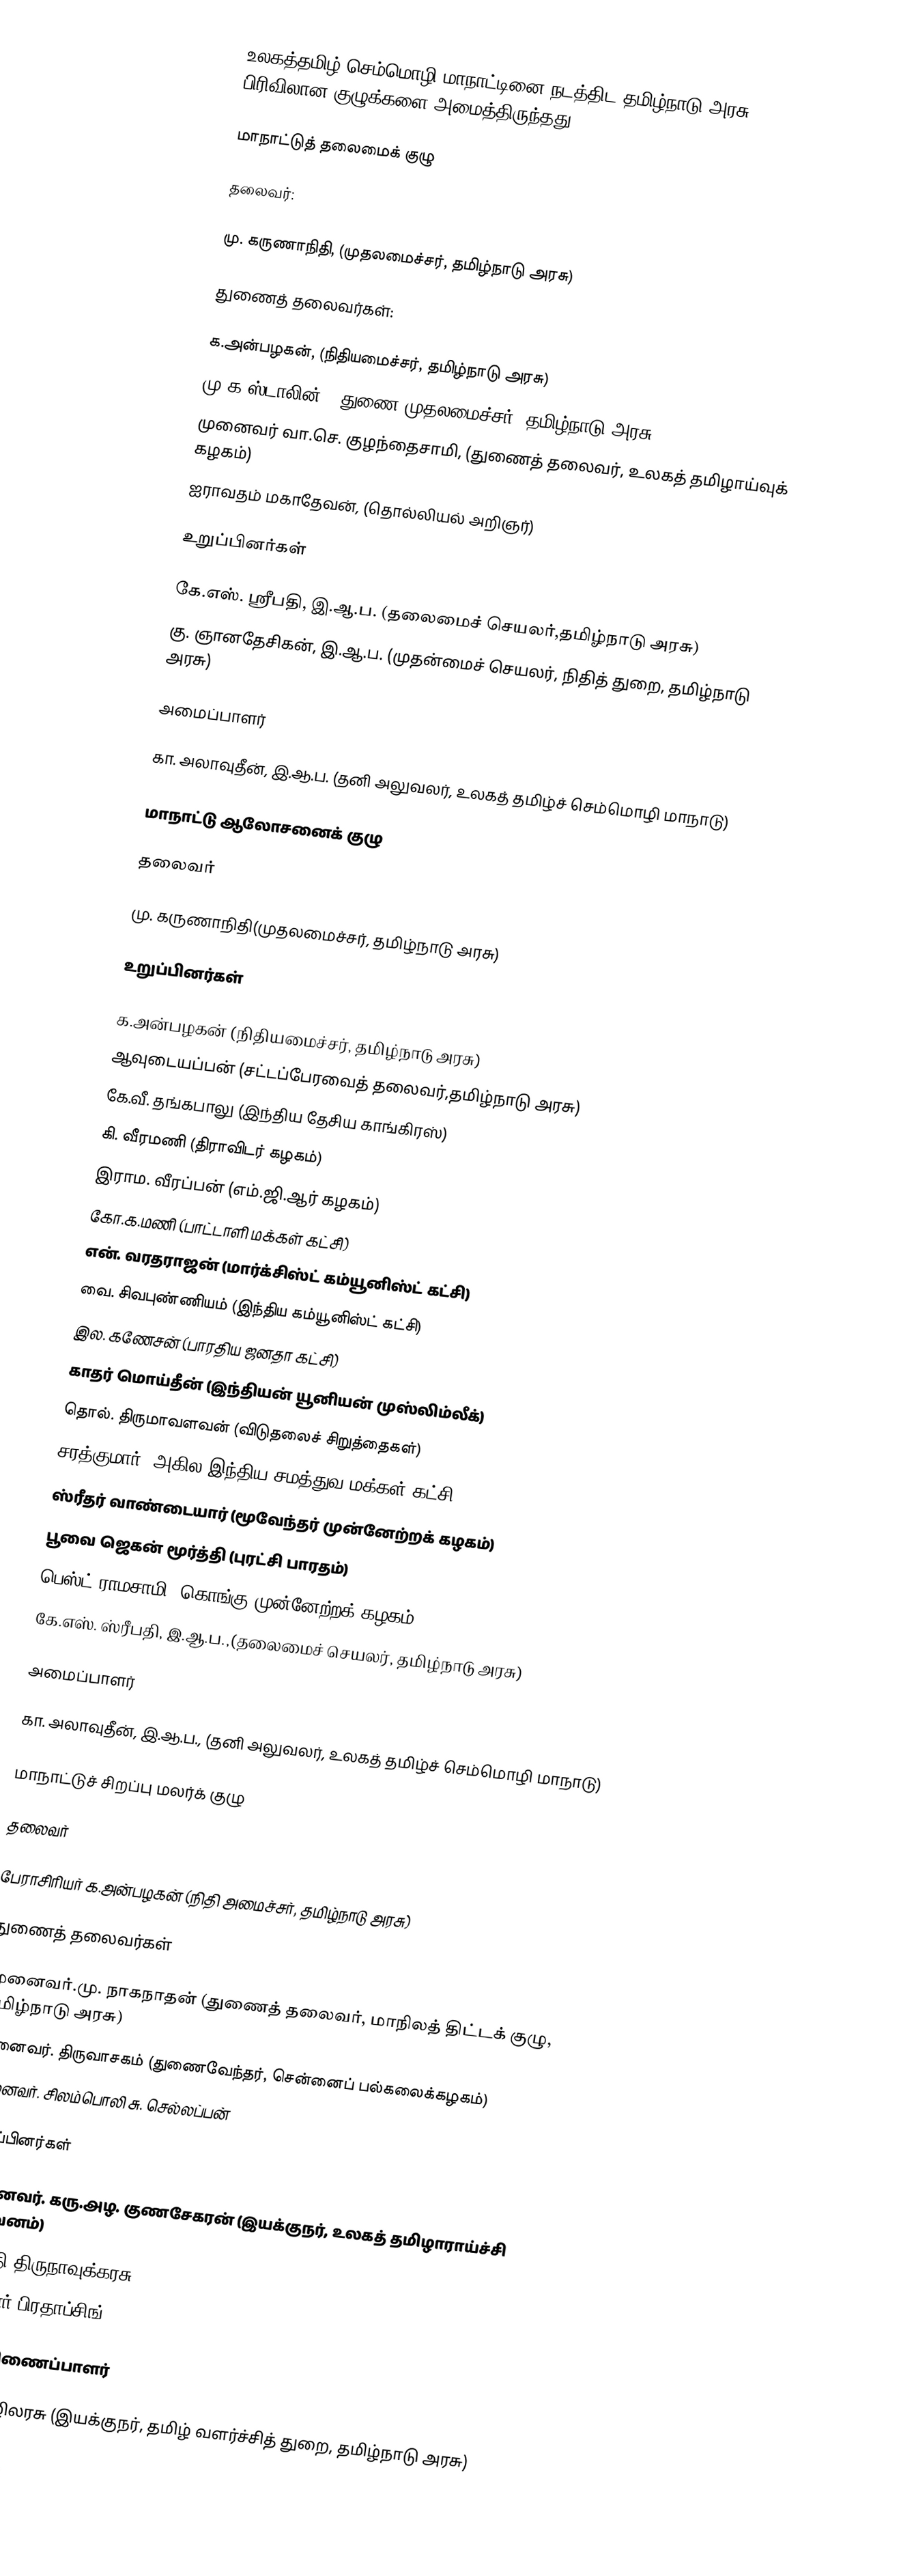
உலகத்தமிழ் செம்மொழி மாநாட்டினை நடத்திட தமிழ்நாடு அரசு 21 பிரிவிலான குழுக்களை அமைத்திருந்தது.

மாநாட்டுத் தலைமைக் குழு

தலைவர்:

 மு. கருணாநிதி, (முதலமைச்சர், தமிழ்நாடு அரசு)

துணைத் தலைவர்கள்:

 க.அன்பழகன், (நிதியமைச்சர், தமிழ்நாடு அரசு)
 மு.க.ஸ்டாலின், (துணை முதலமைச்சர், தமிழ்நாடு அரசு)
 முனைவர் வா.செ. குழந்தைசாமி, (துணைத் தலைவர், உலகத் தமிழாய்வுக் கழகம்)
 ஐராவதம் மகாதேவன், (தொல்லியல்  அறிஞர்)

உறுப்பினர்கள்

 கே.எஸ். ஸ்ரீபதி, இ.ஆ.ப. (தலைமைச் செயலர்,தமிழ்நாடு அரசு)
 கு. ஞானதேசிகன், இ.ஆ.ப. (முதன்மைச் செயலர், நிதித் துறை, தமிழ்நாடு அரசு)

அமைப்பாளர்

 கா. அலாவுதீன், இ.ஆ.ப. (தனி அலுவலர், உலகத் தமிழ்ச் செம்மொழி மாநாடு)

மாநாட்டு ஆலோசனைக் குழு

தலைவர்

 மு. கருணாநிதி(முதலமைச்சர், தமிழ்நாடு அரசு)

உறுப்பினர்கள்

 க.அன்பழகன்  (நிதியமைச்சர், தமிழ்நாடு அரசு)
 ஆவுடையப்பன் (சட்டப்பேரவைத் தலைவர்,தமிழ்நாடு அரசு)
 கே.வீ. தங்கபாலு (இந்திய தேசிய காங்கிரஸ்)
 கி. வீரமணி (திராவிடர் கழகம்)
 இராம. வீரப்பன்  (எம்.ஜி.ஆர் கழகம்)
 கோ.க.மணி (பாட்டாளி மக்கள் கட்சி)
 என். வரதராஜன்  (மார்க்சிஸ்ட் கம்யூனிஸ்ட் கட்சி)
 வை. சிவபுண்ணியம் (இந்திய கம்யூனிஸ்ட் கட்சி)
 இல. கணேசன் (பாரதிய ஜனதா கட்சி)
 காதர் மொய்தீன் (இந்தியன் யூனியன் முஸ்லிம்லீக்)
 தொல். திருமாவளவன் (விடுதலைச் சிறுத்தைகள்)
 சரத்குமார் (அகில இந்திய சமத்துவ மக்கள் கட்சி)
 ஸ்ரீதர் வாண்டையார் (மூவேந்தர் முன்னேற்றக் கழகம்)
 பூவை ஜெகன் மூர்த்தி (புரட்சி பாரதம்)
 பெஸ்ட் ராமசாமி (கொங்கு முன்னேற்றக் கழகம்
 கே.எஸ். ஸ்ரீபதி, இ.ஆ.ப.,(தலைமைச் செயலர், தமிழ்நாடு அரசு)

அமைப்பாளர்

 கா. அலாவுதீன், இ.ஆ.ப., (தனி அலுவலர், உலகத் தமிழ்ச் செம்மொழி மாநாடு)

மாநாட்டுச் சிறப்பு மலர்க் குழு

தலைவர்

 பேராசிரியர் க.அன்பழகன் (நிதி அமைச்சர், தமிழ்நாடு அரசு)

துணைத் தலைவர்கள்

 முனைவர்.மு. நாகநாதன் (துணைத் தலைவர், மாநிலத் திட்டக் குழு, தமிழ்நாடு அரசு)
 முனைவர். திருவாசகம் (துணைவேந்தர், சென்னைப் பல்கலைக்கழகம்)
 முனைவர். சிலம்பொலி சு. செல்லப்பன்

உறுப்பினர்கள்

 முனைவர். கரு.அழ. குணசேகரன் (இயக்குநர், உலகத் தமிழாராய்ச்சி நிறுவனம்)
 வானதி திருநாவுக்கரசு
 பூம்புகார் பிரதாப்சிங்

ஒருங்கிணைப்பாளர்

 கூ.வ. எழிலரசு (இயக்குநர், தமிழ் வளர்ச்சித் துறை, தமிழ்நாடு அரசு)

மாநாடு ஆ